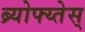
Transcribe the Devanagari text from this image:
ब्र्योफ्य्तेस्